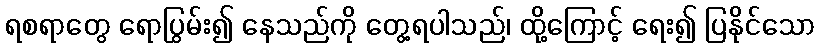
ရစရာတွေ ရောပြွမ်း၍ နေသည်ကို တွေ့ရပါသည်၊ ထို့ကြောင့် ရေး၍ ပြနိုင်သော